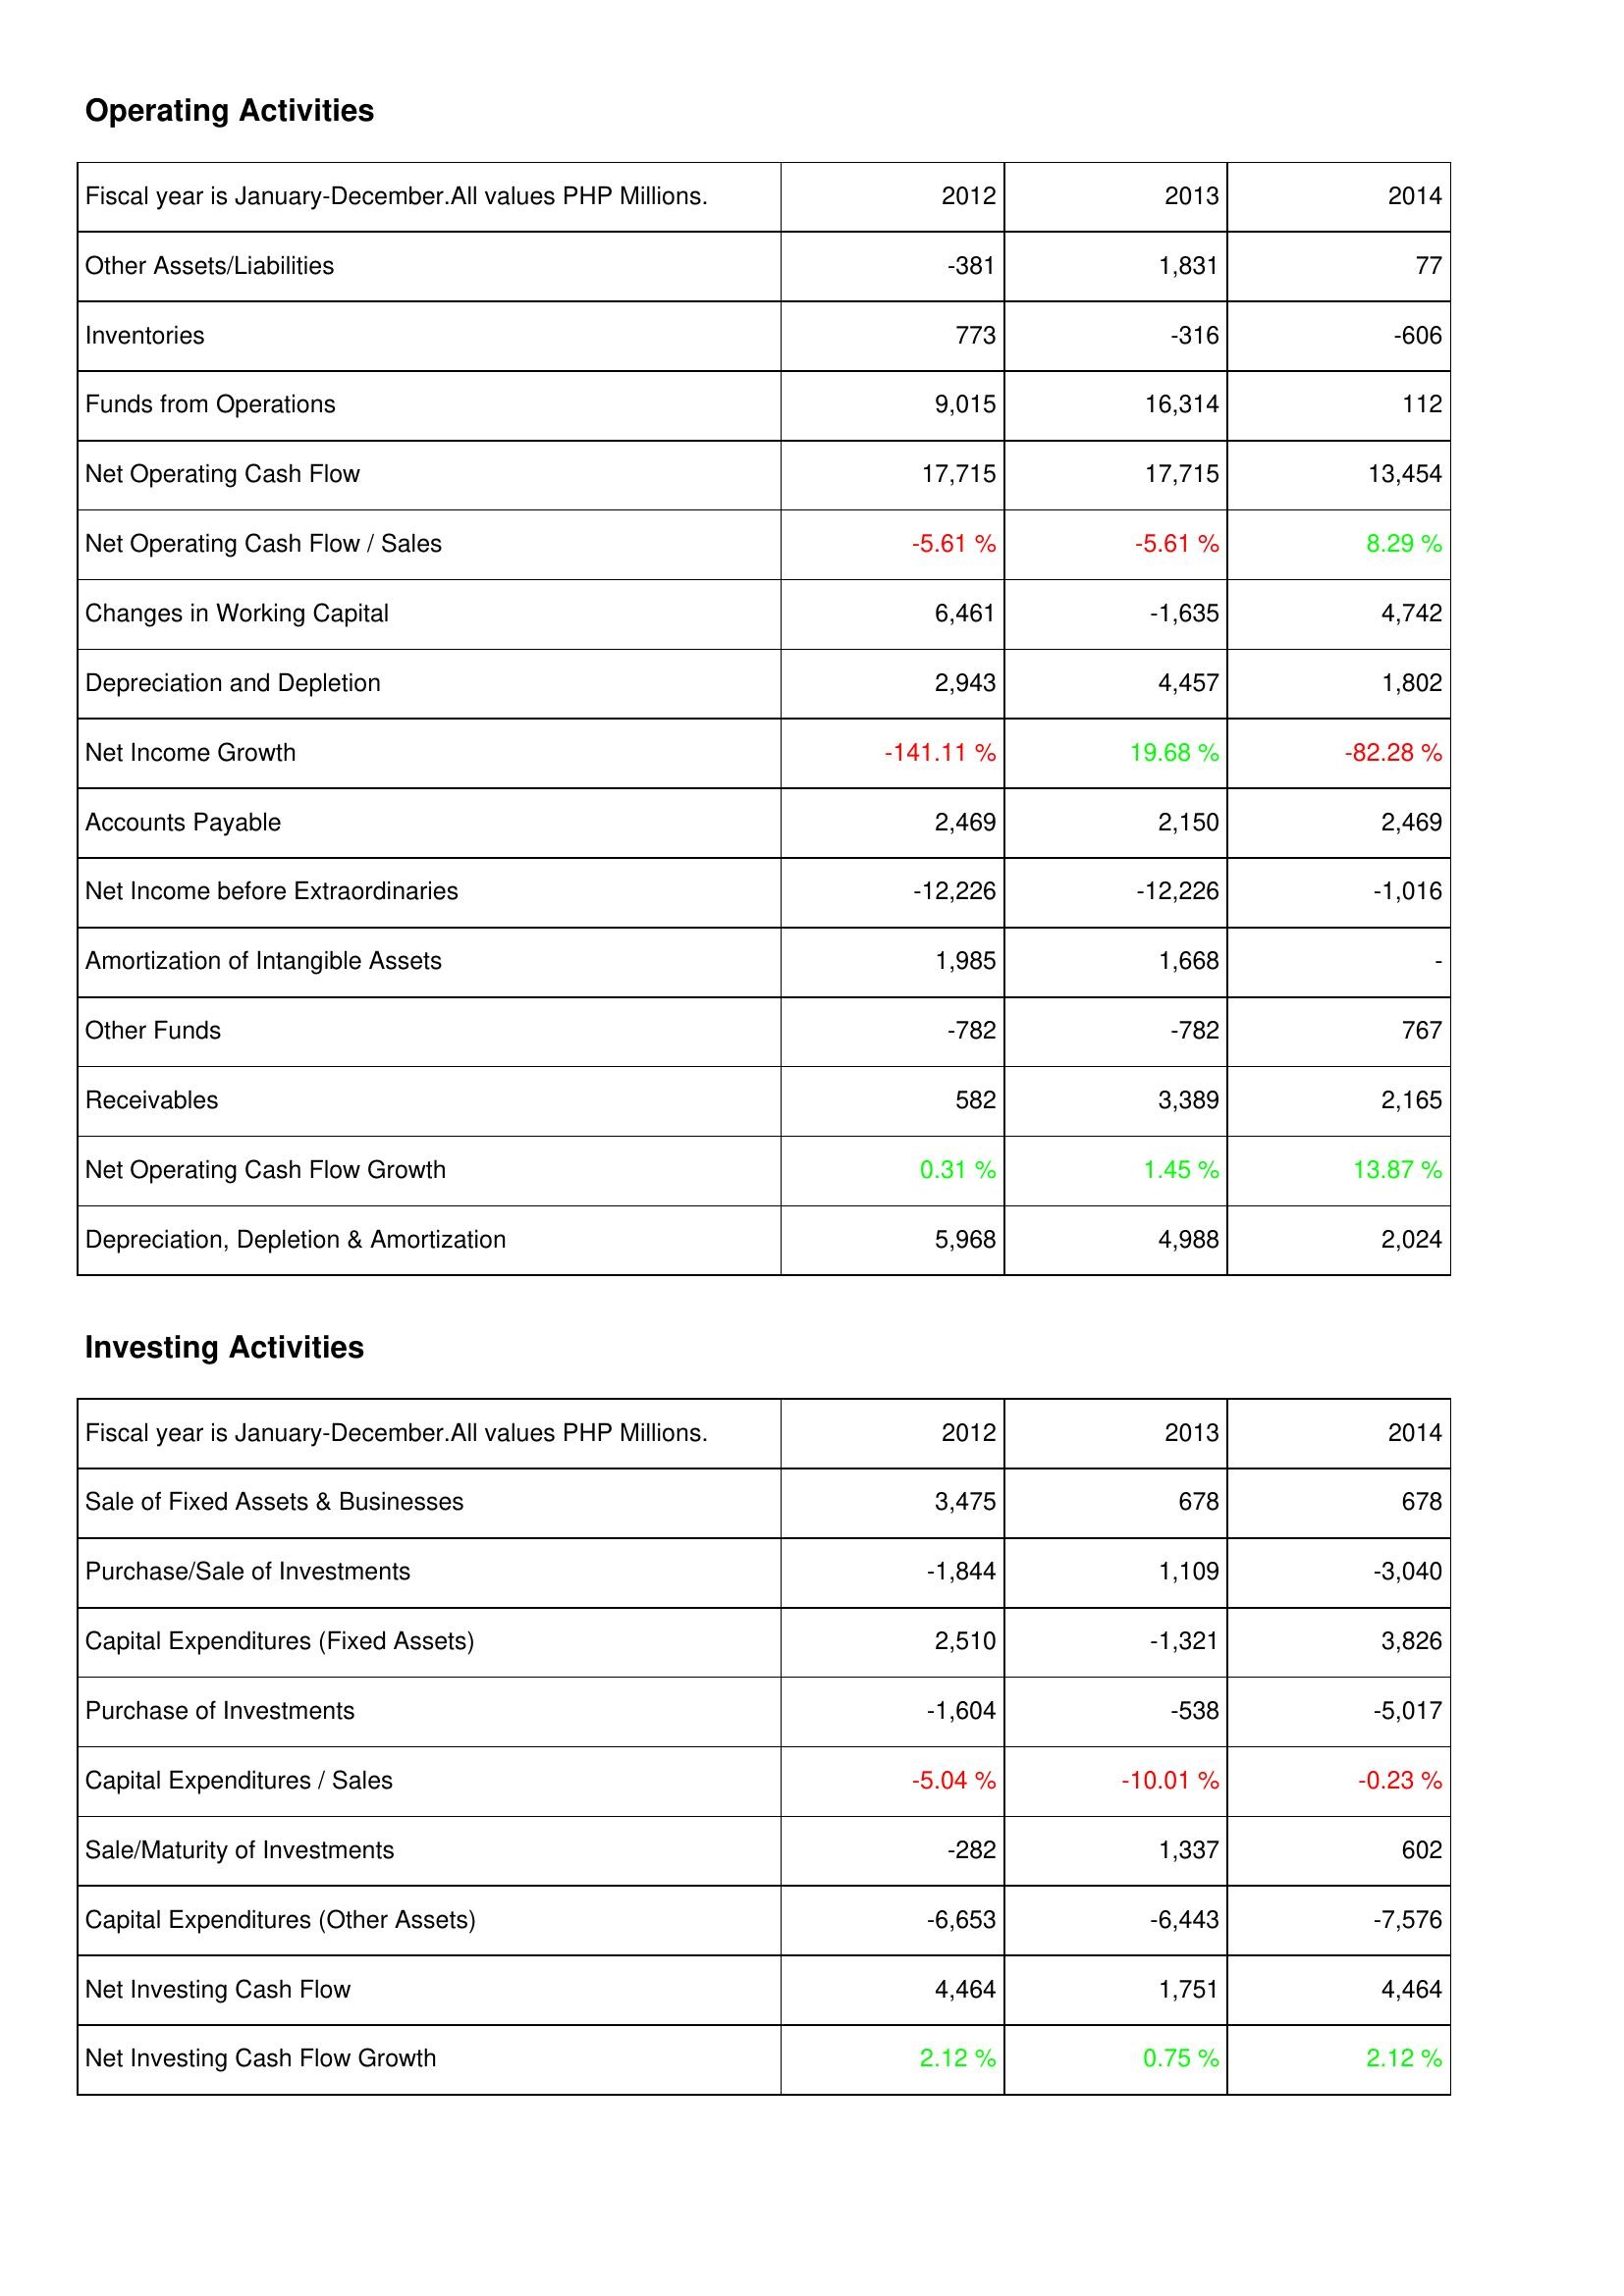
2012: Operating Activities: Other Assets/Liabilities: -381
Inventories: 773
Funds from Operations: 9,015
Net Operating Cash Flow: 17,715
Net Operating Cash Flow / Sales: -5.61 %
Changes in Working Capital: 6,461
Depreciation and Depletion: 2,943
Net Income Growth: -141.11 %
Accounts Payable: 2,469
Net Income before Extraordinaries: -12,226
Amortization of Intangible Assets: 1,985
Other Funds: -782
Receivables: 582
Net Operating Cash Flow Growth: 0.31 %
Depreciation, Depletion & Amortization: 5,968
Investing Activities: Sale of Fixed Assets & Businesses: 3,475
Purchase/Sale of Investments: -1,844
Capital Expenditures (Fixed Assets): 2,510
Purchase of Investments: -1,604
Capital Expenditures / Sales: -5.04 %
Sale/Maturity of Investments: -282
Capital Expenditures (Other Assets): -6,653
Net Investing Cash Flow: 4,464
Net Investing Cash Flow Growth: 2.12 %
2013: Operating Activities: Other Assets/Liabilities: 1,831
Inventories: -316
Funds from Operations: 16,314
Net Operating Cash Flow: 17,715
Net Operating Cash Flow / Sales: -5.61 %
Changes in Working Capital: -1,635
Depreciation and Depletion: 4,457
Net Income Growth: 19.68 %
Accounts Payable: 2,150
Net Income before Extraordinaries: -12,226
Amortization of Intangible Assets: 1,668
Other Funds: -782
Receivables: 3,389
Net Operating Cash Flow Growth: 1.45 %
Depreciation, Depletion & Amortization: 4,988
Investing Activities: Sale of Fixed Assets & Businesses: 678
Purchase/Sale of Investments: 1,109
Capital Expenditures (Fixed Assets): -1,321
Purchase of Investments: -538
Capital Expenditures / Sales: -10.01 %
Sale/Maturity of Investments: 1,337
Capital Expenditures (Other Assets): -6,443
Net Investing Cash Flow: 1,751
Net Investing Cash Flow Growth: 0.75 %
2014: Operating Activities: Other Assets/Liabilities: 77
Inventories: -606
Funds from Operations: 112
Net Operating Cash Flow: 13,454
Net Operating Cash Flow / Sales: 8.29 %
Changes in Working Capital: 4,742
Depreciation and Depletion: 1,802
Net Income Growth: -82.28 %
Accounts Payable: 2,469
Net Income before Extraordinaries: -1,016
Amortization of Intangible Assets: -
Other Funds: 767
Receivables: 2,165
Net Operating Cash Flow Growth: 13.87 %
Depreciation, Depletion & Amortization: 2,024
Investing Activities: Sale of Fixed Assets & Businesses: 678
Purchase/Sale of Investments: -3,040
Capital Expenditures (Fixed Assets): 3,826
Purchase of Investments: -5,017
Capital Expenditures / Sales: -0.23 %
Sale/Maturity of Investments: 602
Capital Expenditures (Other Assets): -7,576
Net Investing Cash Flow: 4,464
Net Investing Cash Flow Growth: 2.12 %